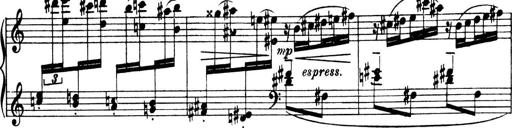
Title: 4 Sonatines
Composer: Max Reger